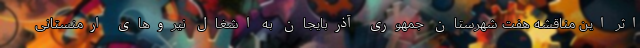
اثر این مناقشه هفت شهرستان جمهوری آذربایجان به اشغال نیروهای ارمنستانی